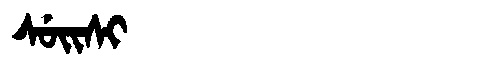
Manchu: ᠰᡠᡳᠰᡳ
Romanization: SUISI